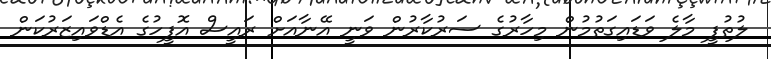
ލުތުފީ މާލެ ވަޑައިގަތުމުން މިހާރުގެ ސަރުކާރުން ވަނީ އޭނާއަށް ރައީސް އޮފީހުގެ އެޑްވައިޒަރުކަން